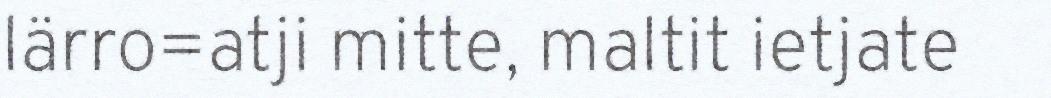
lärro=atji mitte, maltit ietjate